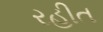
રહીત